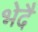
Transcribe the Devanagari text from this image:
भेदै